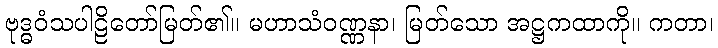
ဗုဒ္ဓဝံသပါဠိတော်မြတ်၏။ မဟာသံဝဏ္ဏနာ၊ မြတ်သော အဋ္ဌကထာကို။ ကတာ၊